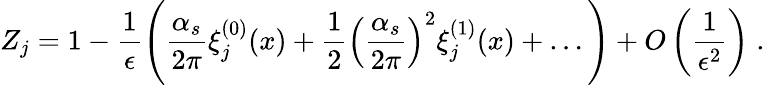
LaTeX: Z_{j}=1-\frac{1}{\epsilon}\Bigg(\frac{\alpha_{s}}{2\pi}\xi_{j}^{(0)}(x)+\frac{1}{2}\left(\frac{\alpha_{s}}{2\pi}\right)^{2}\xi_{j}^{(1)}(x)+\ldots\Bigg)+O\left(\frac{1}{\epsilon^{2}}\right)\; .